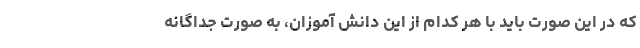
که در این صورت باید با هر کدام از این دانش آموزان، به صورت جداگانه